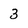
Character: 3